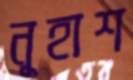
নূহাশ